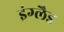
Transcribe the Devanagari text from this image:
इंग्लैड